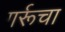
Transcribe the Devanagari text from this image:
गर्रूचा